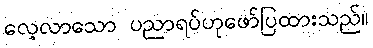
လေ့လာသော ပညာရပ်ဟုဖော်ပြထားသည်။